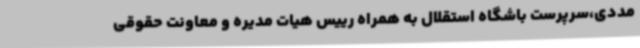
مددی،سرپرست باشگاه استقلال به همراه رییس هیات مدیره و معاونت حقوقی